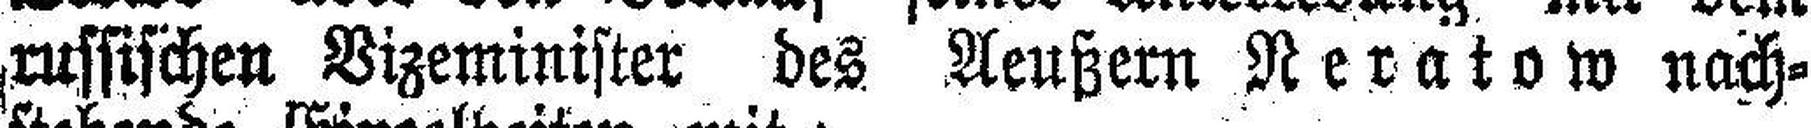
russischen Vizeminister des Aeußern Neratow nach¬